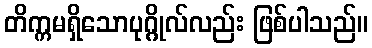
တိက္ကမရှိသောပုဂ္ဂိုလ်လည်း ဖြစ်ပါသည်။